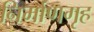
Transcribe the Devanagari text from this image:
निर्माणगृह